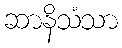
ဆာနိသံသာ